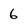
Character: 6